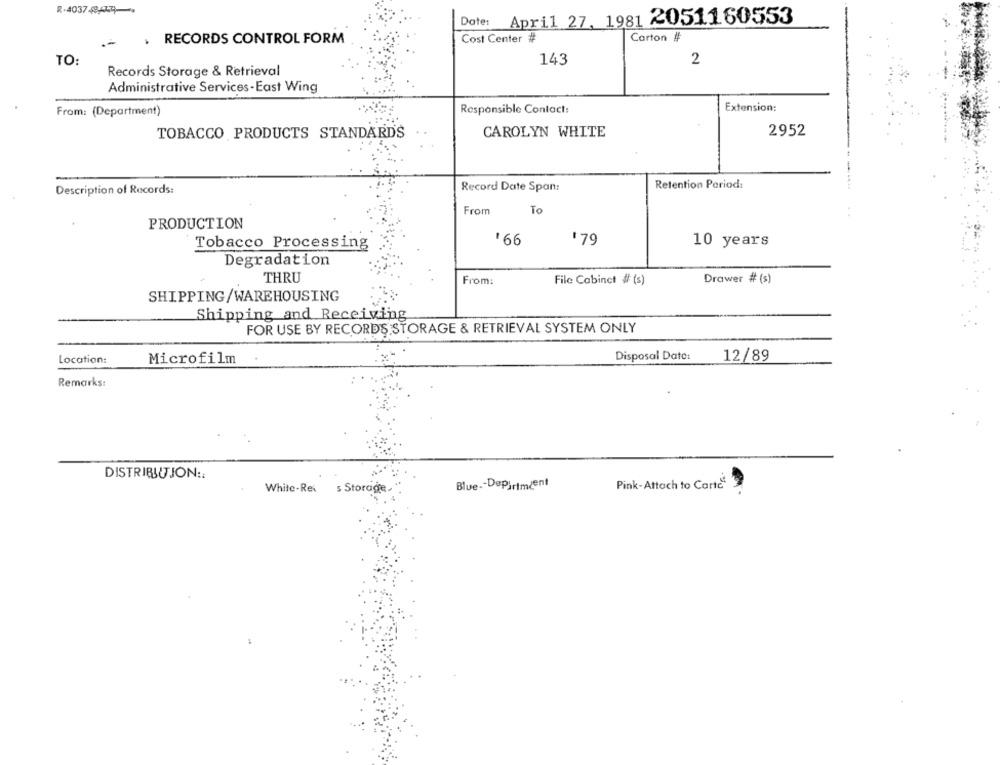
R-4037 49,4444-19
Dote: April 27, 1981 2051160553
RECORDS CONTROL FORM
Carton #
Cost Center #
TO:
143
2
Records Storage & Retrieval
Administrative Services-East Wing
Extension:
From: (Department)
Responsible Contact:
2952
TOBACCO PRODUCTS STANDARDS
CAROLYN WHITE
Retention Period:
Description of Records:
Record Date Span:
From
To
PRODUCTION
Tobacco Processing
'66
$79
10 years
Degradation
THRU
From:
File Cabinet # (s)
Drawer # (s)
SHIPPING/WAREHOUSING
Shipping and Receiving
FOR USE BY RECORDS STORAGE & RETRIEVAL SYSTEM ONLY
Location:
Microfilm
Disposal Date:
12/89
Remarks:
DISTRIBUTION ::
White-Rei
$ Storage
Blue -- Depiriment
Pink-Attach to Carte